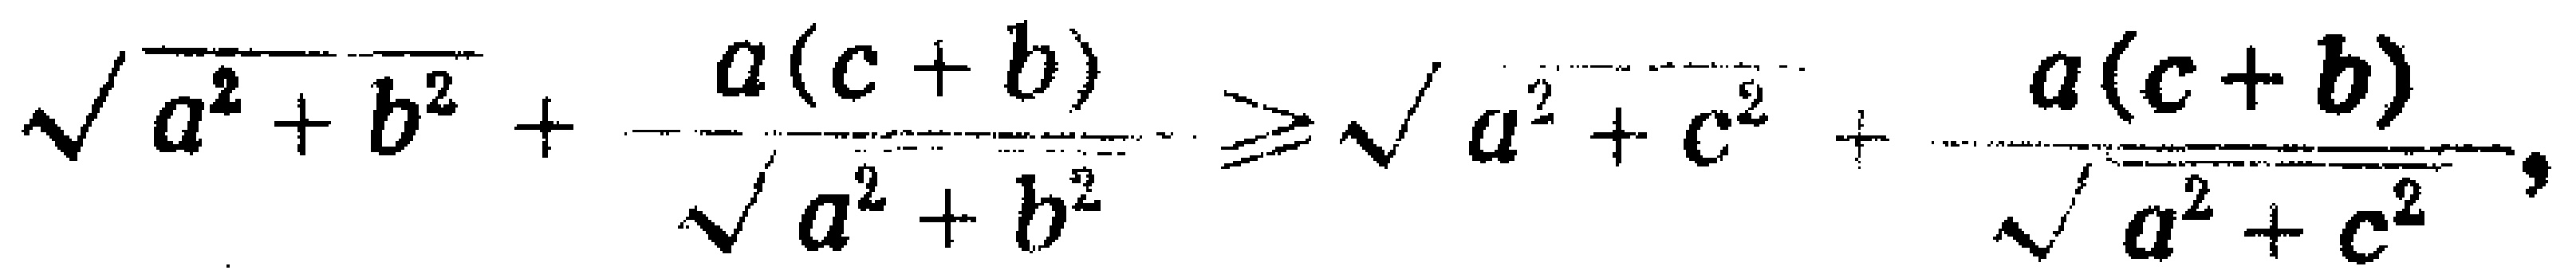
\(\sqrt{a^{2}+b^{2}}+\frac{a(c + b)}{\sqrt{a^{2}+b^{2}}}\geqslant\sqrt{a^{2}+c^{2}}+\frac{a(c + b)}{\sqrt{a^{2}+c^{2}}}\)